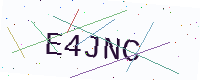
Text: E4JNC